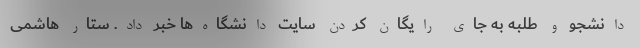
دانشجو و طلبه به جای رایگان کردن سایت دانشگاه‌ها خبر داد. ستار هاشمی